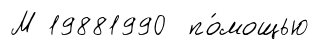
М 19881990 по́мощью